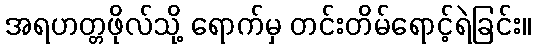
အရဟတ္တဖိုလ်သို့ ရောက်မှ တင်းတိမ်ရောင့်ရဲခြင်း။